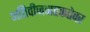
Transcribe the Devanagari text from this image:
अतिवीजवाहकतेवर